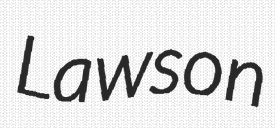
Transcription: Lawson